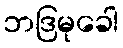
ဘဒြမုခေါ